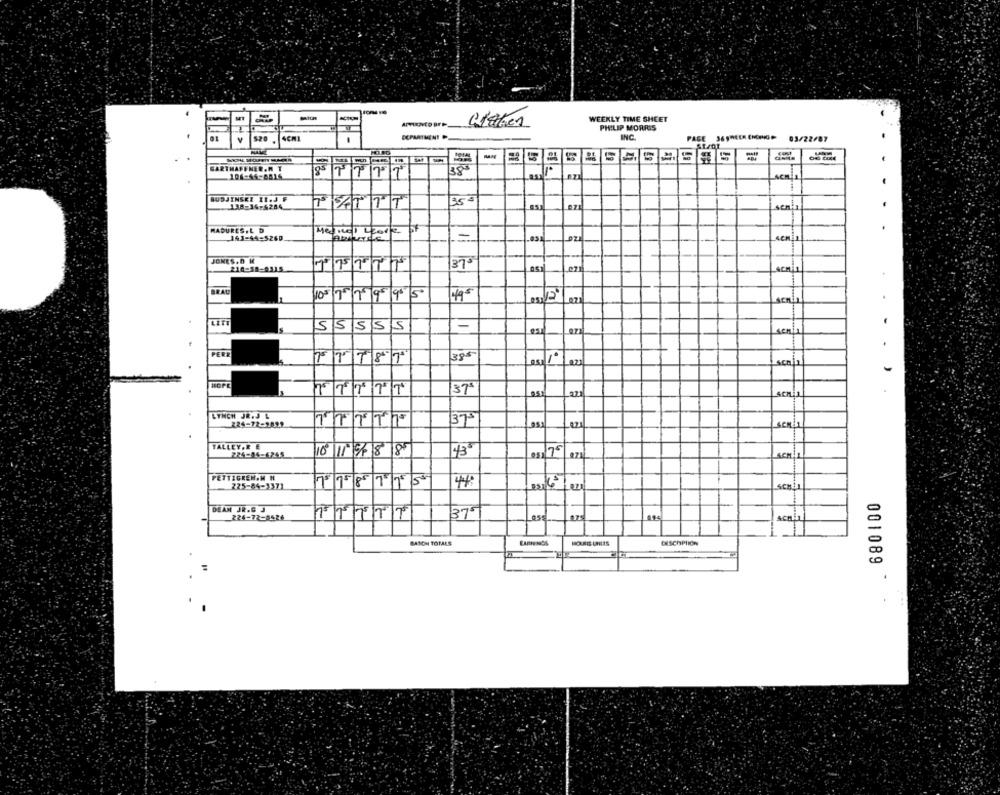
WEEKLY TIME SHEET
PHILIP MORRIS
DEPARTMENT
INC.
01
4CM1
PAGE
03/22/87
-
GARTHAFFNER.M T
106-44-8814
ACR 1
BUDJINSKE 11.J F
35ª
138-34-6284
MADURES, L D
141-44-5260.
-
JONES,0 M
BRAU
11995
495
LETH
55555
PERE
TTT87
TTTTT
37
221
Scre
LYNCH JR.J L
TTTTT
375
224-72-2822
121
TALLEY,R E
224-04-4245
0|11588
43
SCH:1
PETTIGREN.M H
225-84-3371
75158115
44
scal
DEAN JR.C 3
226-72-8526
375
ACH
001089